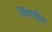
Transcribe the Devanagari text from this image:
डिंबवाहिका